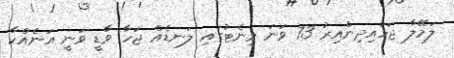
ލަމޭލާ ޖަހައިދިންއިރު 73 ވަނަ މިނެޓުގައި ލަނޑެއް ޖަހާ ވާޑީ ވަނީ އަނެއްކާ